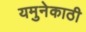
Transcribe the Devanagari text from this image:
यमुनेकाठी